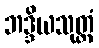
ဘဒ္ဒိယသုတ္တံ